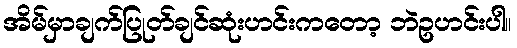
အိမ်မှာချက်ပြုတ်ချင်ဆုံးဟင်းကတော့ ဘဲဥဟင်းပါ။